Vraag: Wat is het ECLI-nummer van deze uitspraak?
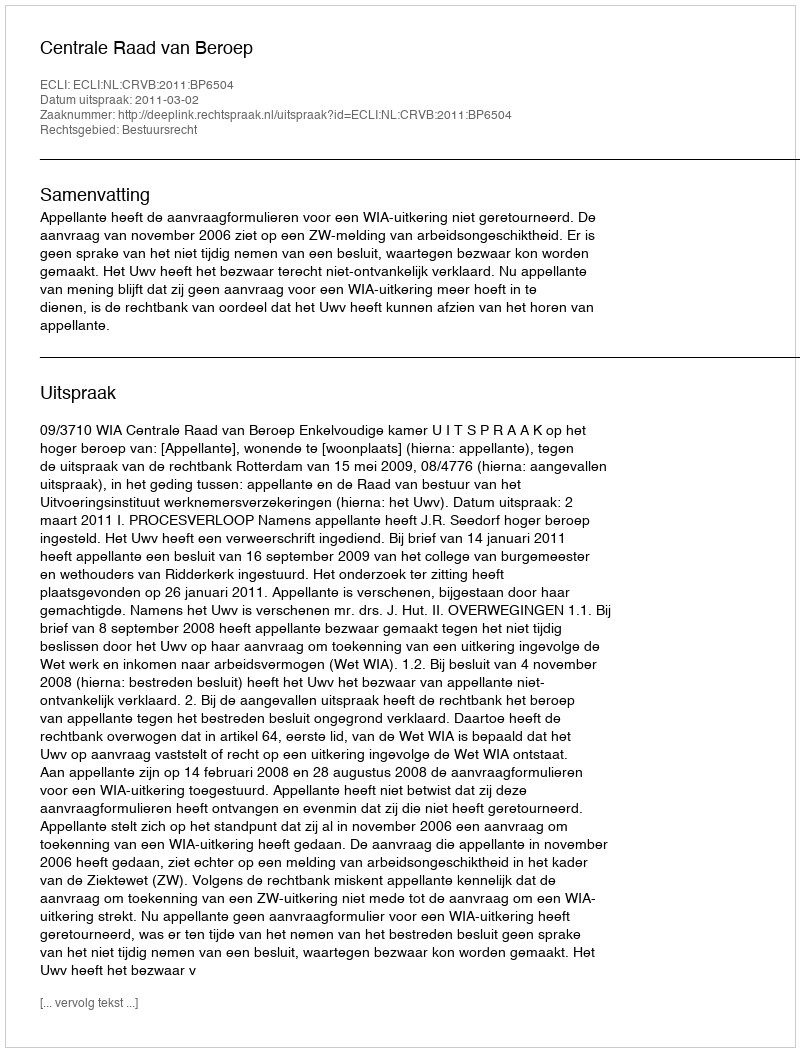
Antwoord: ECLI:NL:CRVB:2011:BP6504